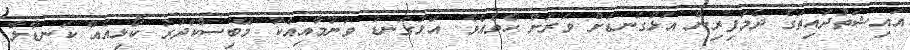
އައިޝަތުދައިތަގެ ދެމަފިރިން އަޅުގަނޑަށް ވަރަށް ހެވެއެވެ. އަޅުގަނޑު ވަނުމާއިއެކު މޭބިސްކަދުރު ކޯޅިއެއް ކަނޑާލާ